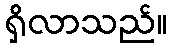
ရှိလာသည်။